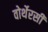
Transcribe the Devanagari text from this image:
वोर्थेरसी